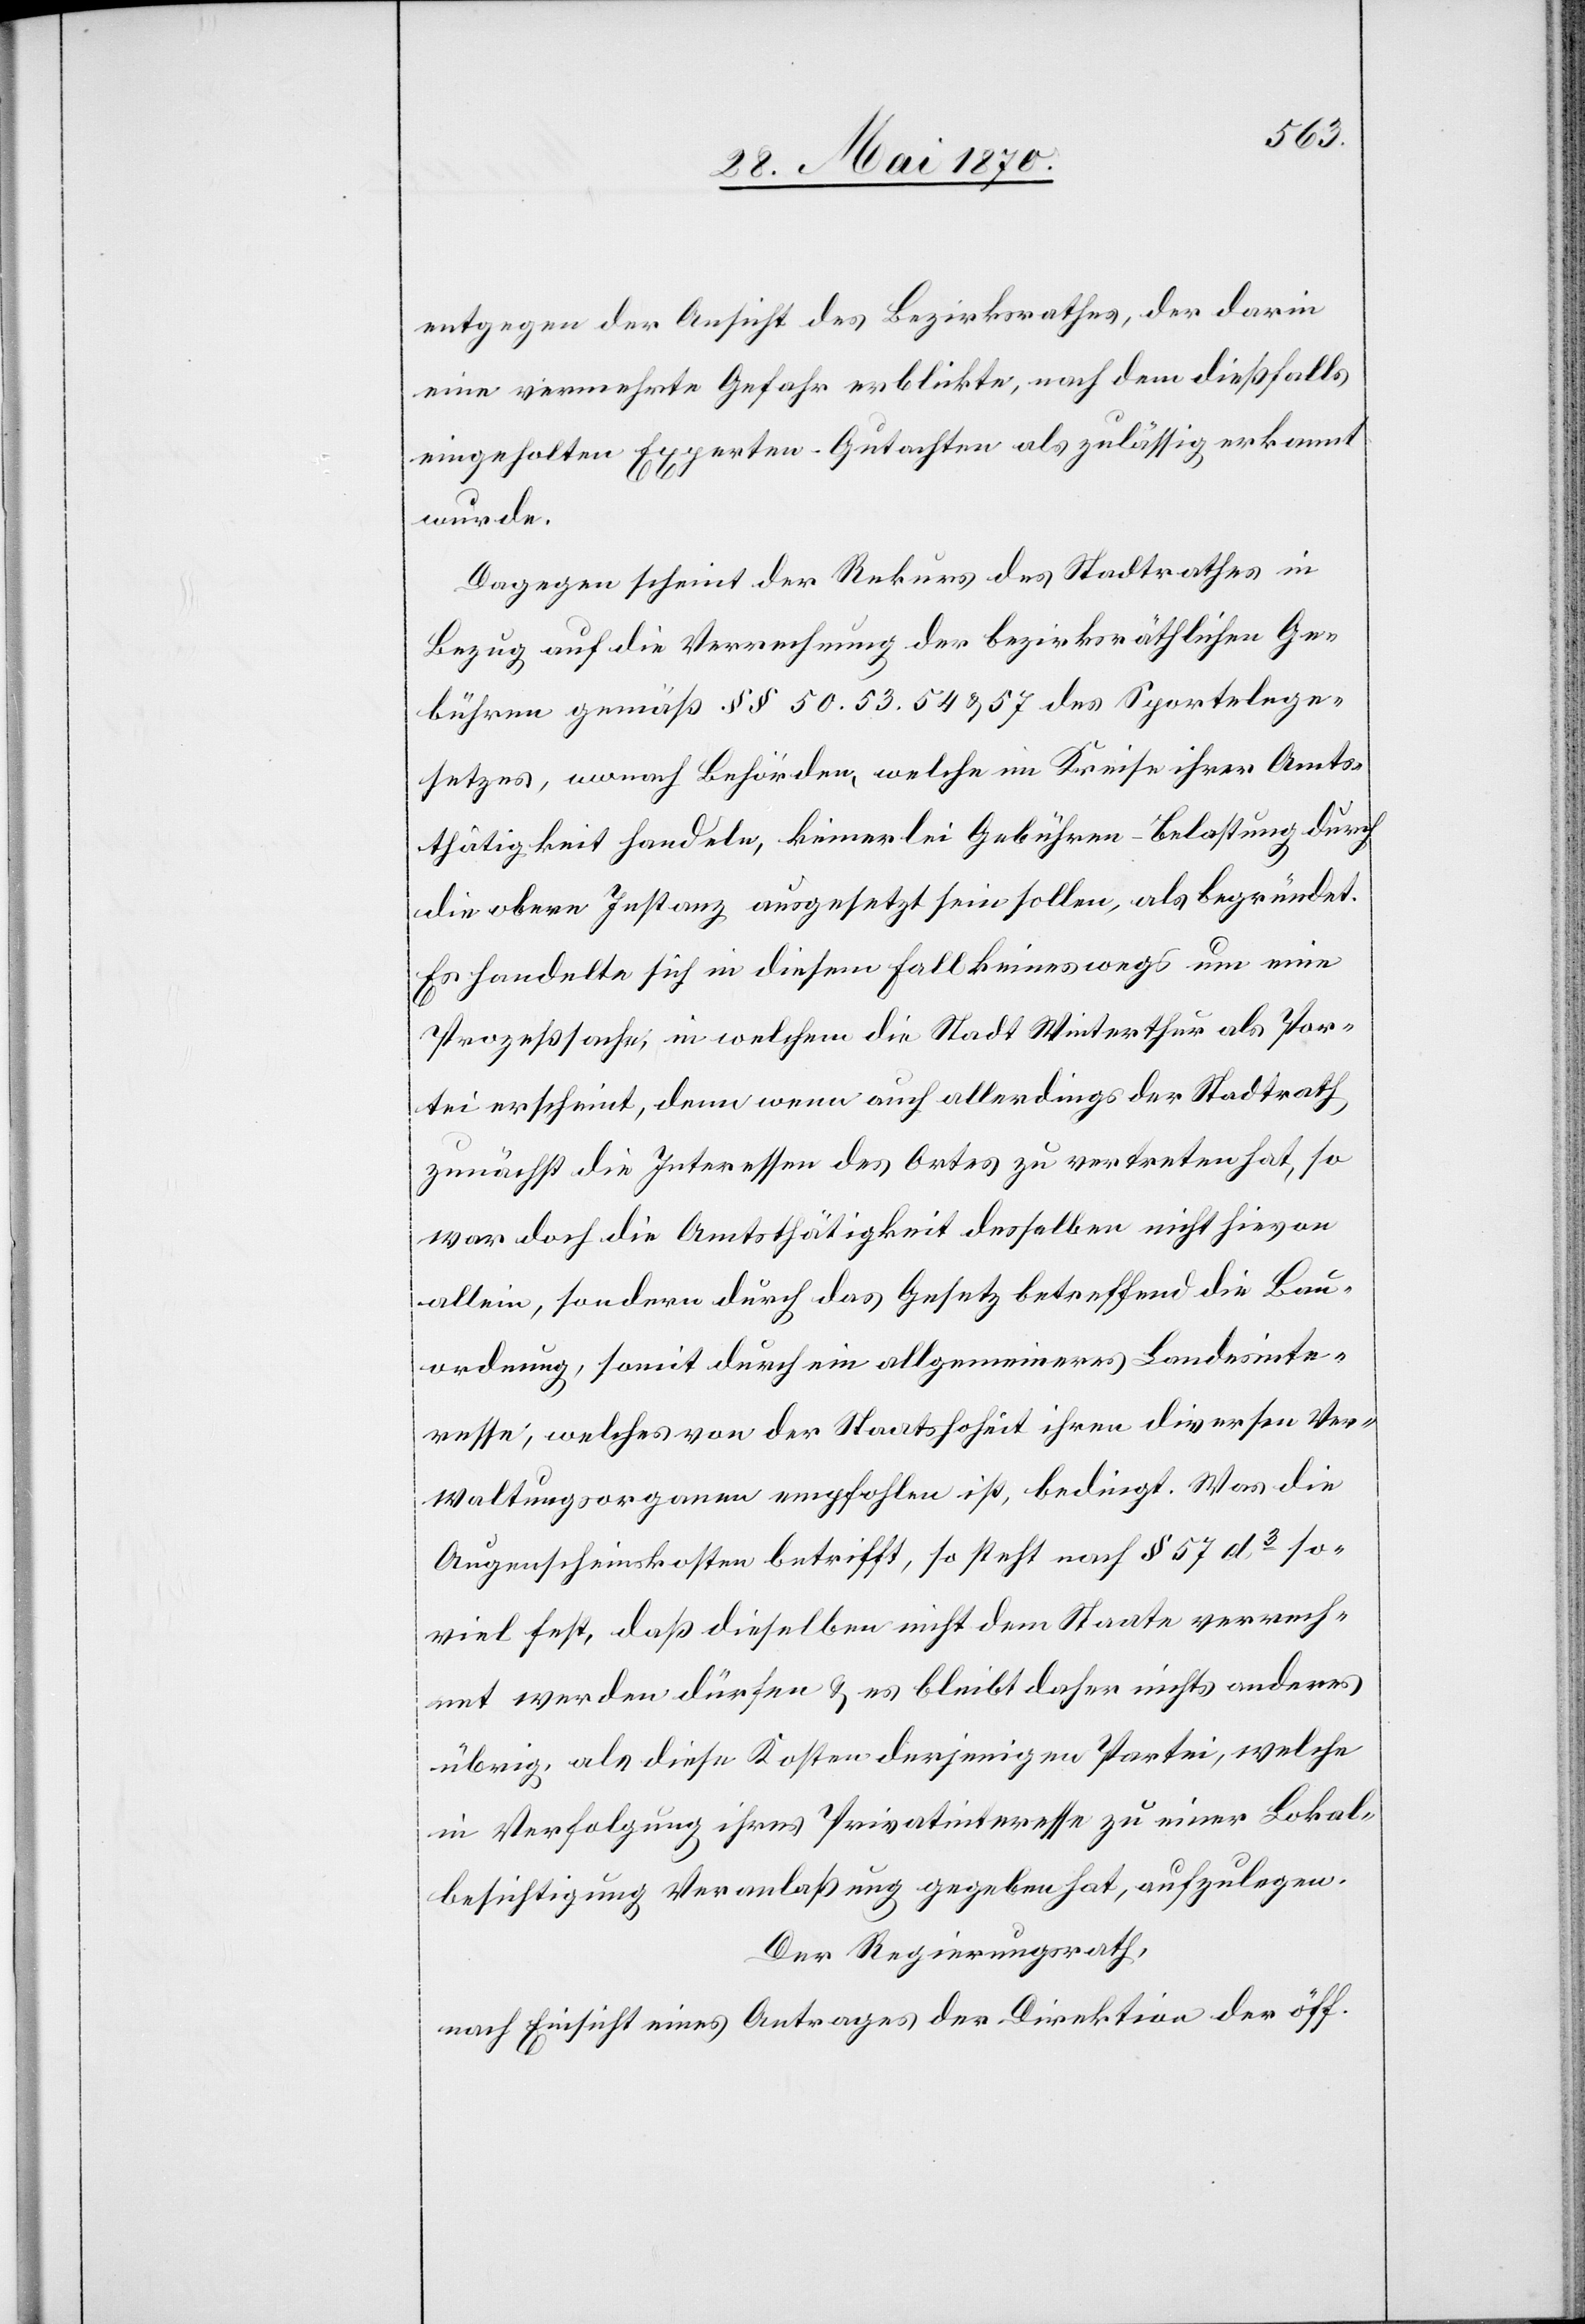
entgegen der Ansicht des Bezirksrathes, der darin
eine vermehrte Gefahr erblickte, nach dem dießfalls
eingeholten Experten-Gutachten als zulässig erkannt
wurde.
Dagegen scheint der Rekurs des Stadtrathes in
Bezug auf die Verrechnung der bezirksräthlichen Ge¬
bühren gemäß §§ 50.[,] 53.[,] 54 & 57 des Sportelnge¬
setzes, wonach Behörden, welche im Kreise ihrer Amts¬
thätigkeit handeln, keinerlei Gebühren-Belastung durch
die obere Instanz ausgesetzt sein sollen, als begründet.
Es handelte sich in diesem Fall keineswegs um eine
Prozeßsache, in welcher die Stadt Winterthur als Par¬
tei erscheint, denn wenn auch allerdings der Stadtrath
zunächst die Interessen des Ortes zu vertreten hat, so
war doch die Amtsthätigkeit desselben nicht hievon
allein, sondern durch das Gesetz betreffend die Bau¬
ordnung, somit durch ein allgemeineres Landesinte¬
resse, welches von der Staatshoheit ihren diversen Ver¬
waltungsorgangen empfohlen ist, bedingt. Was die
Augenscheinskosten betrifft, so steht nach § 57 d3 so¬
viel fest, daß dieselben nicht dem Staate verrech¬
net werden dürfen & es bleibt daher nichts anderes
übrig, als diese Kosten derjenigen Partei, welche
in Verfolgung ihres Privatinteresse zu einer Lokal¬
besichtigung Veranlaßung gegeben hat, aufzulegen.
Der Regierungsrath,
nach Einsicht eines Antrages der Direktion der öff.